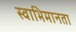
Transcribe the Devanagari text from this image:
स्वाभिमानता